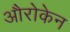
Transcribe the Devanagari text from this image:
औरोकेन